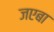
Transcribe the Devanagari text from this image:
जएबा